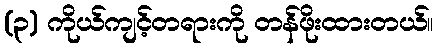
(၃) ကိုယ်ကျင့်တရားကို တန်ဖိုးထားတယ်။